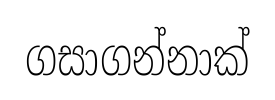
ගසාගන්නාක්